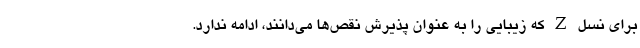
برای نسل Z که زیبایی را به عنوان پذیرش نقص‌ها می‌دانند، ادامه ندارد.